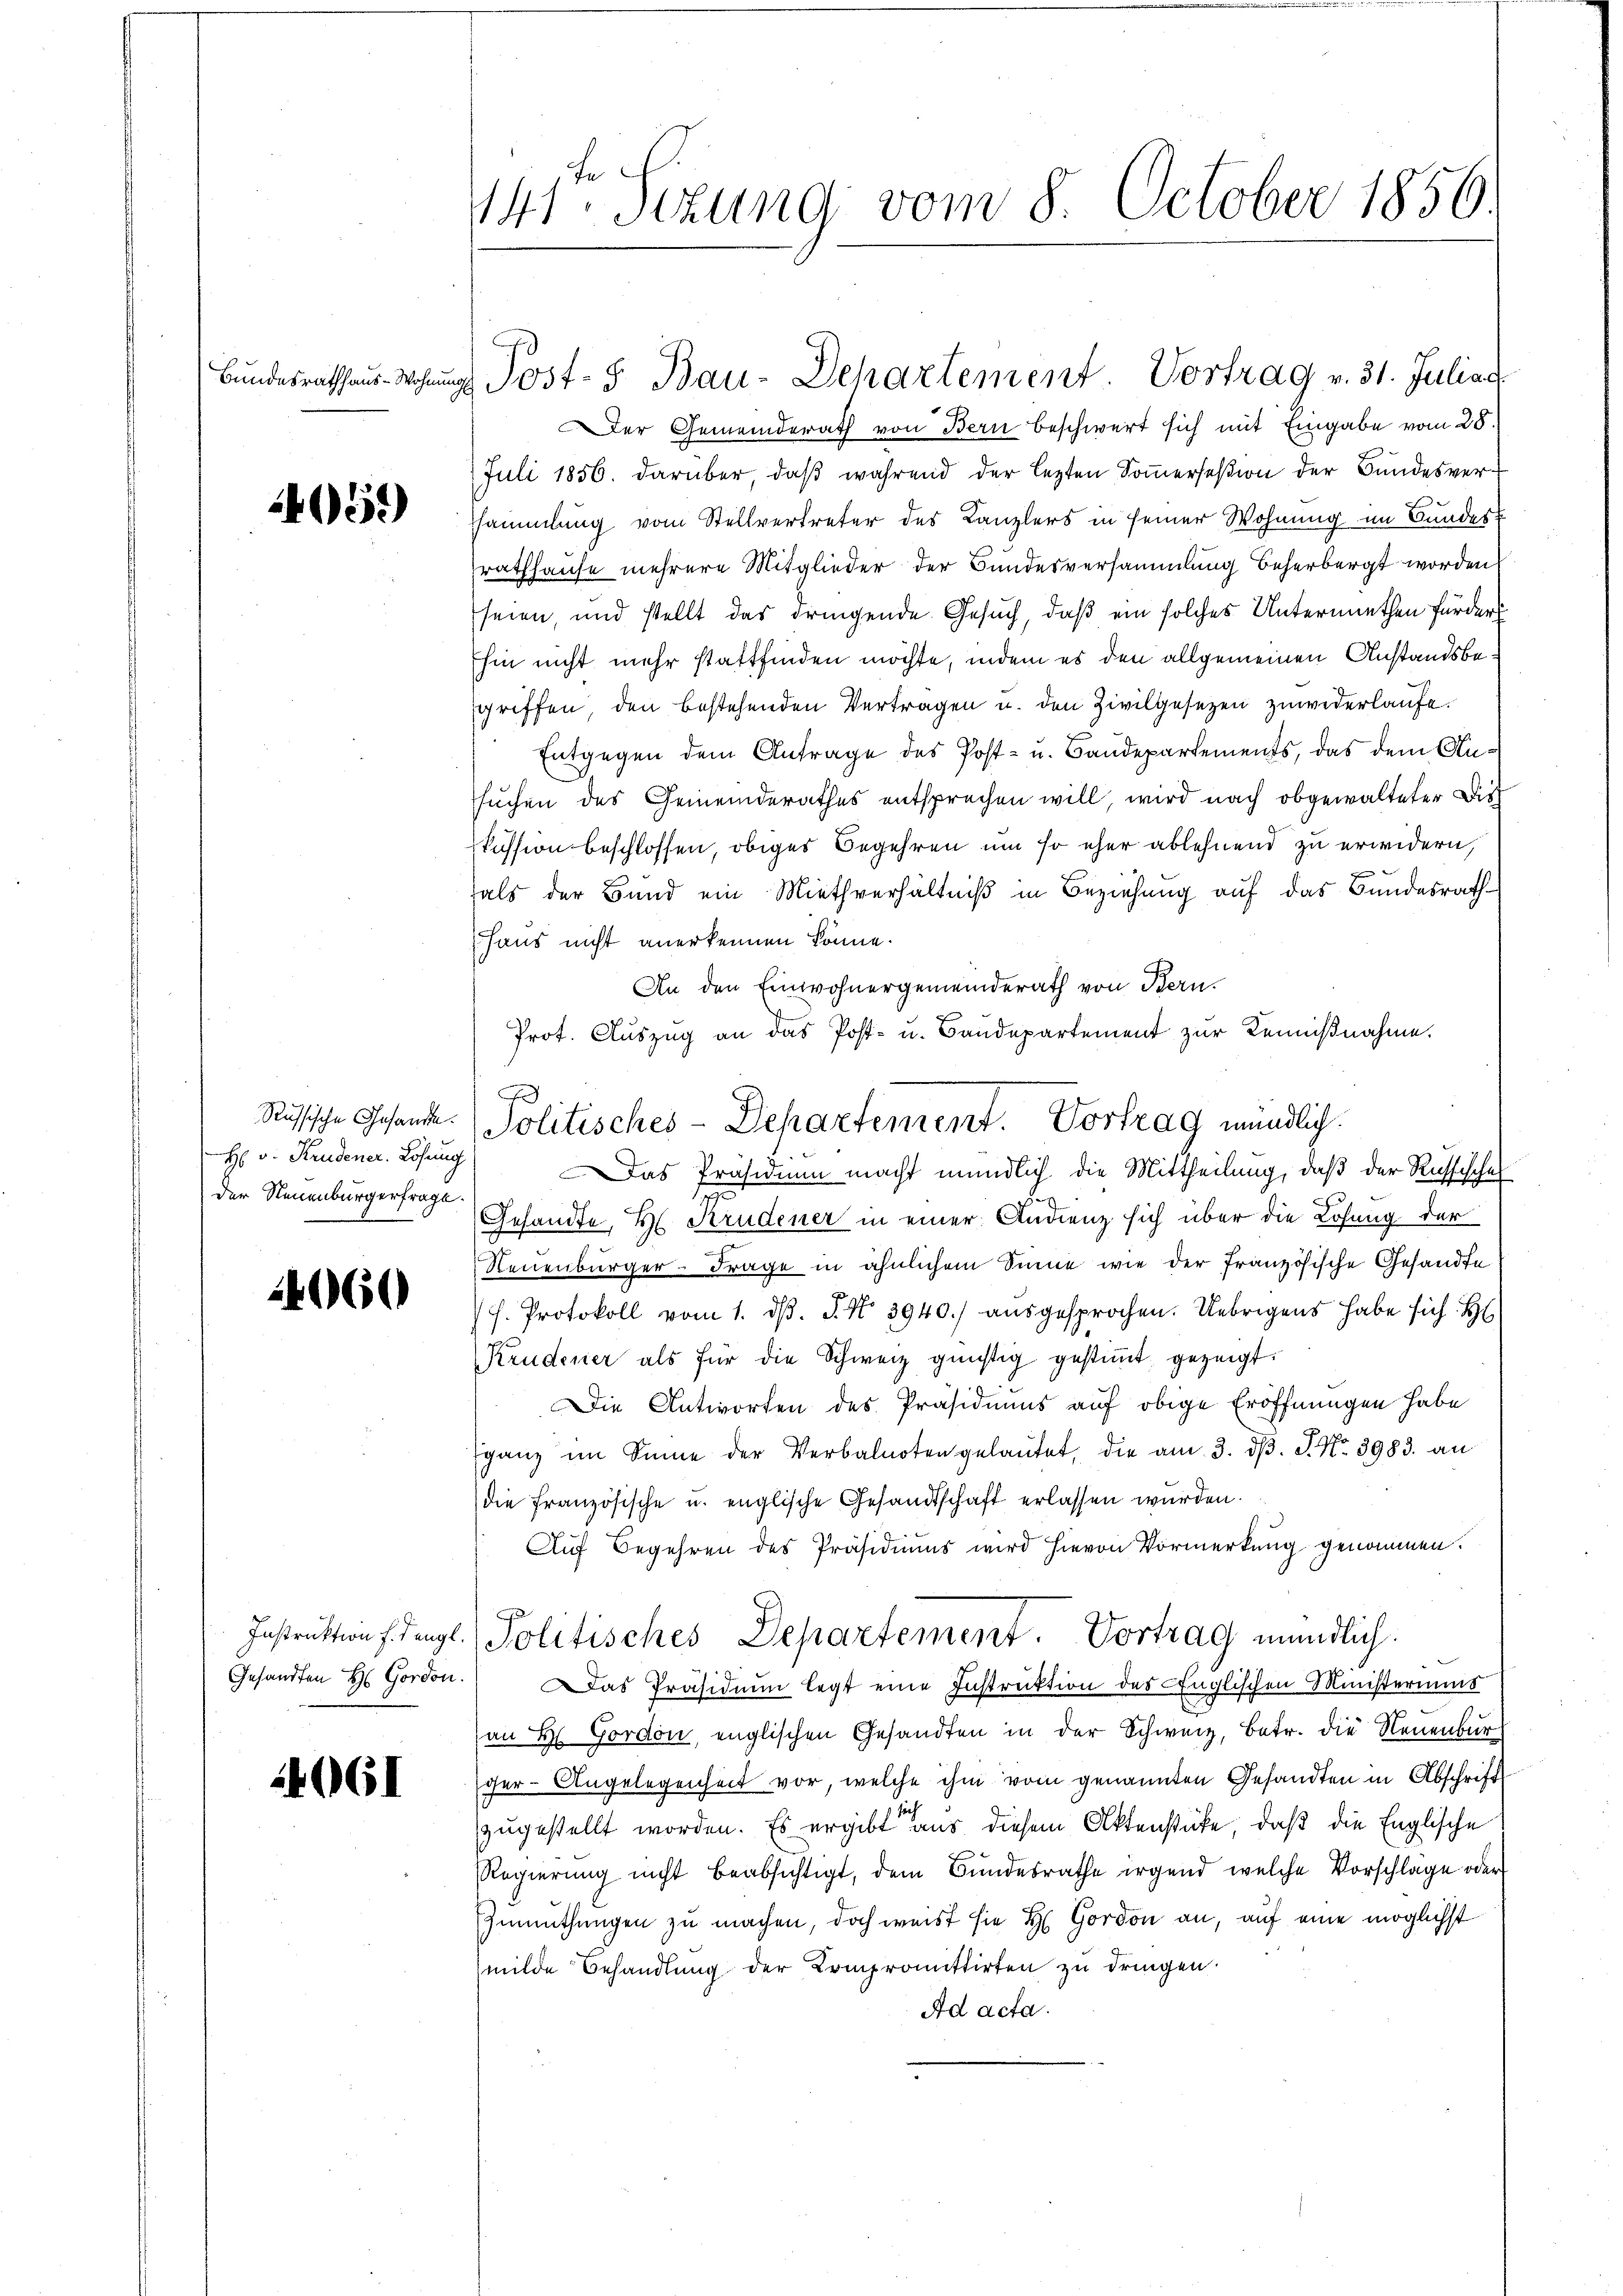
1405)

H: v. Krudener. Losung
der Neuenburgerfrage.

24060

4061

141te Sezung vom 8. October 1850.

er Gemeinderath von Bern beschwert sich mit Eingabe vom 28.)
Juli 1856. darüber, daβ während der lezten Soṁersesion der Bundesver-
sammlung vom Stellvertreter des Kanzlers in seiner Wohnung im Bundes-
rathhause mehrere Mitglieder der Bundesversammlung beherbergt worden
seien, und stellt das dringende Gesuch, daß ein solches Untermiethen fürder
Ehin nicht mehr stattfinden möchte, indem es den allgemeinen Anstandsbegriffen, den bestehenden Vertragen u. den Zivilgesetzen zuwiderlaufe.
Entgegen dem Antrage des Post- u. Baudepartements, das dem Ansuchen des Gemeinderathes entsprechen will, wird nach obgewalteter Dist
kussion beschlossen, obiges Begehren um so eher ablehnend zu erwidern,
als der Bund ein Miethverhältniß in Beziehung auf das Bundesrath¬
Haus nicht anerkennen könne.
An den Einwohnergemeinderath von Bern.
Prot. Auszug an das Post- u. Baudepartement zur Remußnahme.
Das Präsidium macht mündlich die Mittheilung, daß der Russisches
4
Gesandte, H. Krudener in einer Andrenz sich über die Losung der
Neuenburger-Frage in ähnlichem Sinne wie der Französische Gesandte
h. Protokoll vom 1. d. J. No 3940.) ausgesprochen. Uebrigens habe sich H
Krudener als für die Schweiz günstig gestimmt gezeigt:
Die Antworten des Präsidiums auf obige Eröffnungen habe
ganz im Sinne der Verbalnoten gelautet, die am 3. dβ. P. Nr. 3983. an
die französische u. englische Gesandtschaft erlassen wurden.
Auf Begehren des Präsidiums wird hievon Vormerkung genommen.
Instruktion fiengl. Politisches Departement. Vortrag mündlich.
Gesandten H Gordon. Das Präsidium legt eine Instruktion des Englischen Ministeriums
an H Gordon, englischen Gesandten in der Schweiz. Betr. die Neuenburoer-Angelegenheit vor, welche ihm vom genannten Gesandten in Abschrift
sich
zugestellt worden. Es ergibt aus diesem Aktenstücke, daß die Englische
Regierung nicht beabsichtigt, dem Bundesrathe irgend welche Vorschläge oder
Zumuthungen zu machen, doch weist sie H: Gordon an, auf eine möglichst
milde Behandlung der Kompromittirten zu dringen.
Ad acta.

Bundesrathaus Wohnung Post- 5. Bau-Dehartement. Vortrag v. 31. Juliac

A
Russische Gesande Politisches-Departement. Vortrag mündlich.